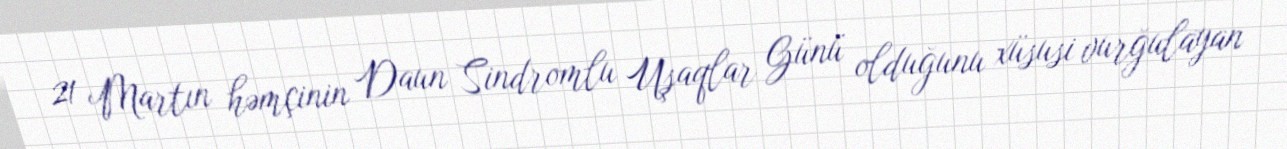
21 Martın həmçinin Daun Sindromlu Uşaqlar Günü olduğunu xüsusi vurğulayan